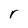
Character: r